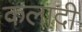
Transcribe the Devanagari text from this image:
कलादी